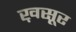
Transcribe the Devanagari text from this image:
ख़सूर